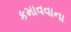
કમાવવાના